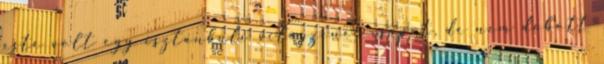
este volt egy isztanbuli világzenei csapat, de nem dobott